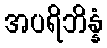
အပရိဘိန္နံ